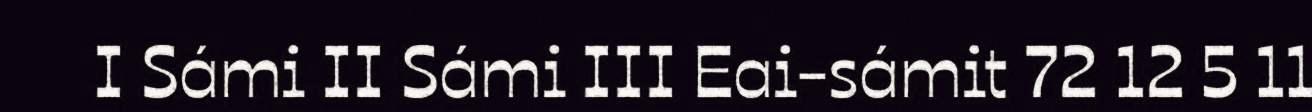
I Sámi II Sámi III Eai-sámit 72 12 5 11